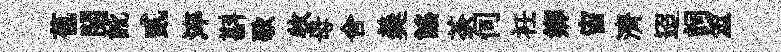
苞閱訛貳淬斟歌牧母舍羮謡荼伺衽鄉宙濟迢詞筮